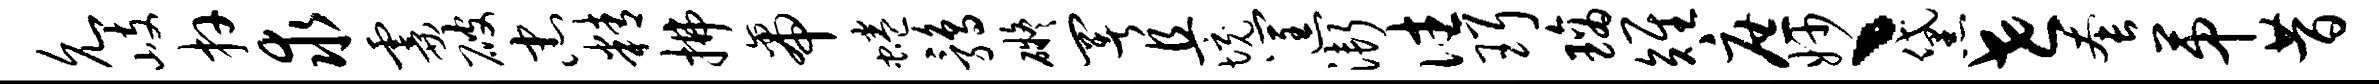
允岐卉求霎破忠精拂帝蜷鹑碍署且境筐渐往珥璃雉庶妙丶黛世套第昔